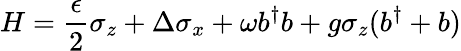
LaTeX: H=\frac{\epsilon}{2}\sigma_{z}+\Delta\sigma_{x}+\omega b^{\dagger}b+g\sigma_{z}(b^{\dagger}+b)